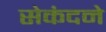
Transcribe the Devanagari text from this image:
सेकंदने